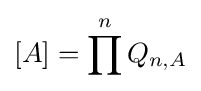
[A]=\prod ^{n}Q_{n,A}